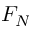
F _ { N }